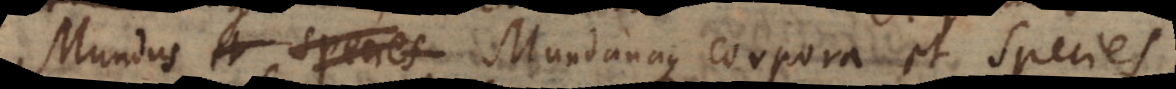
pecies Mundanaque corpora et species.